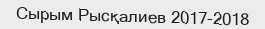
Сырым Рысқалиев 2017-2018